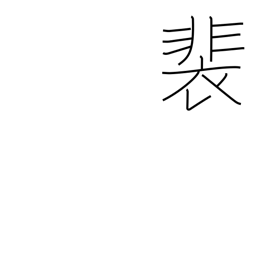
Meaning: long robes